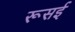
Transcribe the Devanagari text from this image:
रूसई